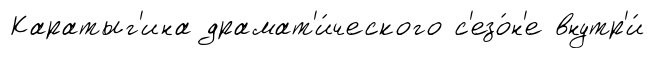
Каратыг'ина драмат'и́ческого с'езо́н'е внутр'и́